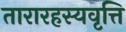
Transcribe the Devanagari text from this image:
तारारहस्यवृत्ति